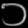
Digit: ၁